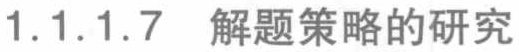
1.1.1.7  解题策略的研究